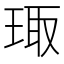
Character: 㻓